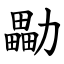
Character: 㔣